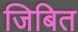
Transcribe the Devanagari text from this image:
जिबित